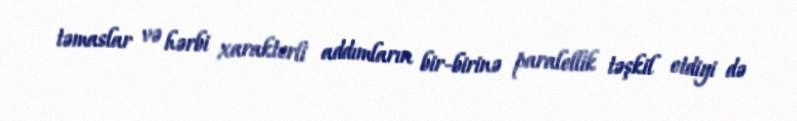
təmaslar və hərbi xarakterli addımların bir-birinə paralellik təşkil etdiyi də